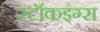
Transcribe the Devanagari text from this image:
स्टॉकइंग्स